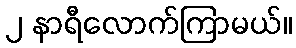
၂ နာရီလောက်ကြာမယ်။